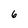
Character: 6